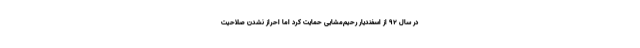
در سال ۹۲ از اسفندیار رحیم‌مشایی حمایت کرد اما احراز نشدن صلاحیت